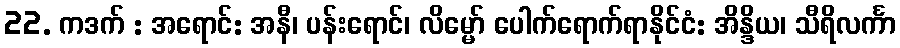
22. ကဒက် : အရောင်: အနီ၊ ပန်းရောင်၊ လိမ္မော် ပေါက်ရောက်ရာနိုင်ငံ: အိန္ဒိယ၊ သီရိလင်္ကာ